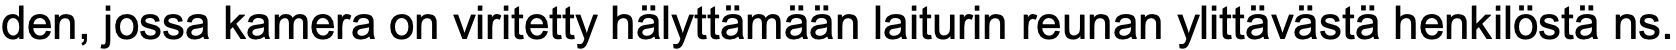
den, jossa kamera on viritetty hälyttämään laiturin reunan ylittävästä henkilöstä ns.